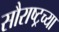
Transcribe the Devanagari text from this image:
सौराष्ट्रच्या